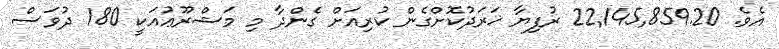
އެވެ. 22